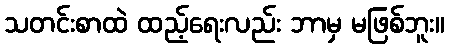
သတင်းစာထဲ ထည့်ရေးလည်း ဘာမှ မဖြစ်ဘူး။